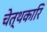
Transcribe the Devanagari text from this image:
चेत्थकारि